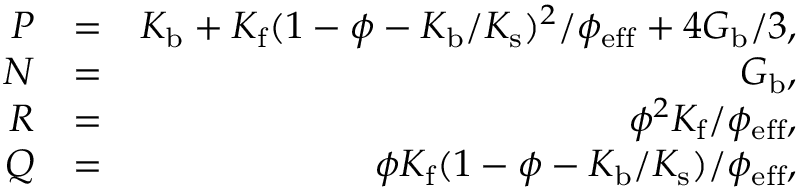
\begin{array} { r l r } { P } & { = } & { K _ { \mathrm { b } } + K _ { \mathrm { f } } ( 1 - \phi - K _ { \mathrm { b } } / K _ { \mathrm { s } } ) ^ { 2 } / \phi _ { \mathrm { e f f } } + 4 G _ { \mathrm { b } } / 3 , } \\ { N } & { = } & { G _ { \mathrm { b } } , } \\ { R } & { = } & { \phi ^ { 2 } K _ { \mathrm { f } } / \phi _ { \mathrm { e f f } } , } \\ { Q } & { = } & { \phi K _ { \mathrm { f } } ( 1 - \phi - K _ { \mathrm { b } } / K _ { \mathrm { s } } ) / \phi _ { \mathrm { e f f } } , } \end{array}